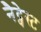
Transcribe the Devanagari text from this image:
नैट्वेस्ट